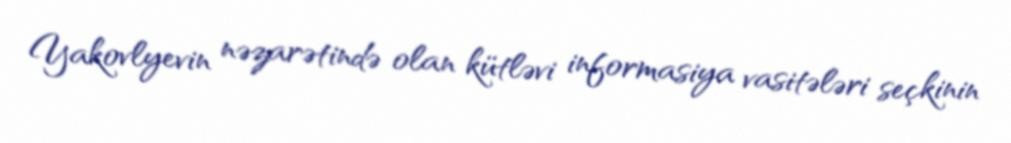
Yakovlyevin nəzarətində olan kütləvi informasiya vasitələri seçkinin